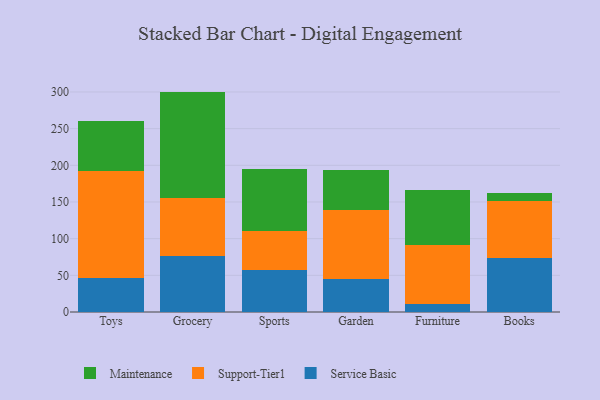
{"axis": {"x": "Category", "y": "Humidity (%)"}, "legend": ["Maintenance", "Service Basic", "Support-Tier1"], "data": [{"x": "Toys", "y": 46.9, "type": "Service Basic"}, {"x": "Toys", "y": 145.2, "type": "Support-Tier1"}, {"x": "Toys", "y": 67.9, "type": "Maintenance"}, {"x": "Grocery", "y": 76.6, "type": "Service Basic"}, {"x": "Grocery", "y": 78.2, "type": "Support-Tier1"}, {"x": "Grocery", "y": 145.7, "type": "Maintenance"}, {"x": "Sports", "y": 57.5, "type": "Service Basic"}, {"x": "Sports", "y": 53.3, "type": "Support-Tier1"}, {"x": "Sports", "y": 84.6, "type": "Maintenance"}, {"x": "Garden", "y": 44.9, "type": "Service Basic"}, {"x": "Garden", "y": 93.9, "type": "Support-Tier1"}, {"x": "Garden", "y": 54.2, "type": "Maintenance"}, {"x": "Furniture", "y": 10.6, "type": "Service Basic"}, {"x": "Furniture", "y": 80.4, "type": "Support-Tier1"}, {"x": "Furniture", "y": 75.0, "type": "Maintenance"}, {"x": "Books", "y": 73.0, "type": "Service Basic"}, {"x": "Books", "y": 78.0, "type": "Support-Tier1"}, {"x": "Books", "y": 11.8, "type": "Maintenance"}]}